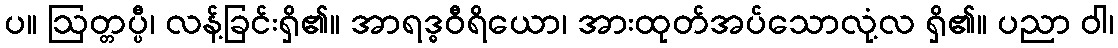
ပ။ ဩတ္တပ္ပီ၊ လန့်ခြင်းရှိ၏။ အာရဒ္ဓဝီရိယော၊ အားထုတ်အပ်သောလုံ့လ ရှိ၏။ ပညာ ဝါ၊